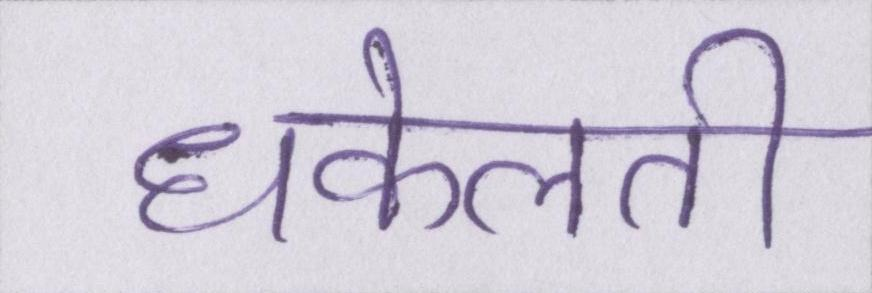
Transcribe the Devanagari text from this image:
धकेलती